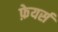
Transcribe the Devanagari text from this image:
फ़ेयर्स